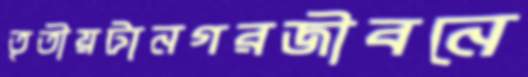
তৃতীয়টানগরজীবনে